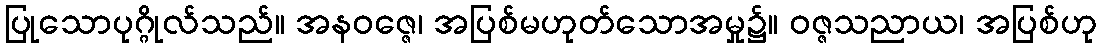
ပြုသောပုဂ္ဂိုလ်သည်။ အနဝဇ္ဇေ၊ အပြစ်မဟုတ်သောအမှု၌။ ဝဇ္ဇသညာယ၊ အပြစ်ဟု